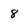
Character: 8